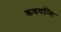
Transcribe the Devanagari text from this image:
कथयन्ति